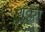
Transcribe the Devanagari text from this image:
शुक्लां